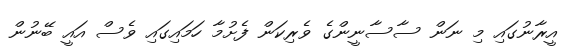
އީރާނުގައި މި ނަން ސާސާނީންގެ ވެރިކަން ފެށުމާ ހަމައިގައި ވެސް އައީ ބޭނުން